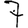
Digit: 7